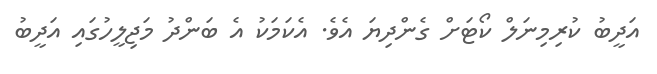
އަދީބު ކުރިމިނަލް ކޯޓަށް ގެންދިޔަ އެވެ. އެކަމަކު އެ ބަންދު މަޖިލީހުގައި އަދީބު